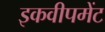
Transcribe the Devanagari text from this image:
इकवीपमेंट